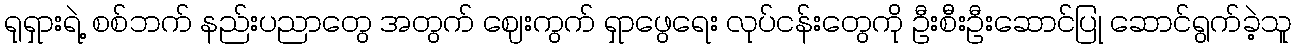
ရုရှားရဲ့ စစ်ဘက် နည်းပညာတွေ အတွက် ဈေးကွက် ရှာဖွေရေး လုပ်ငန်းတွေကို ဦးစီးဦးဆောင်ပြု ဆောင်ရွက်ခဲ့သူ